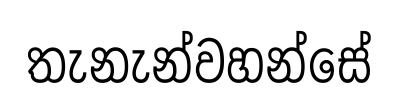
තැනැන්වහන්සේ